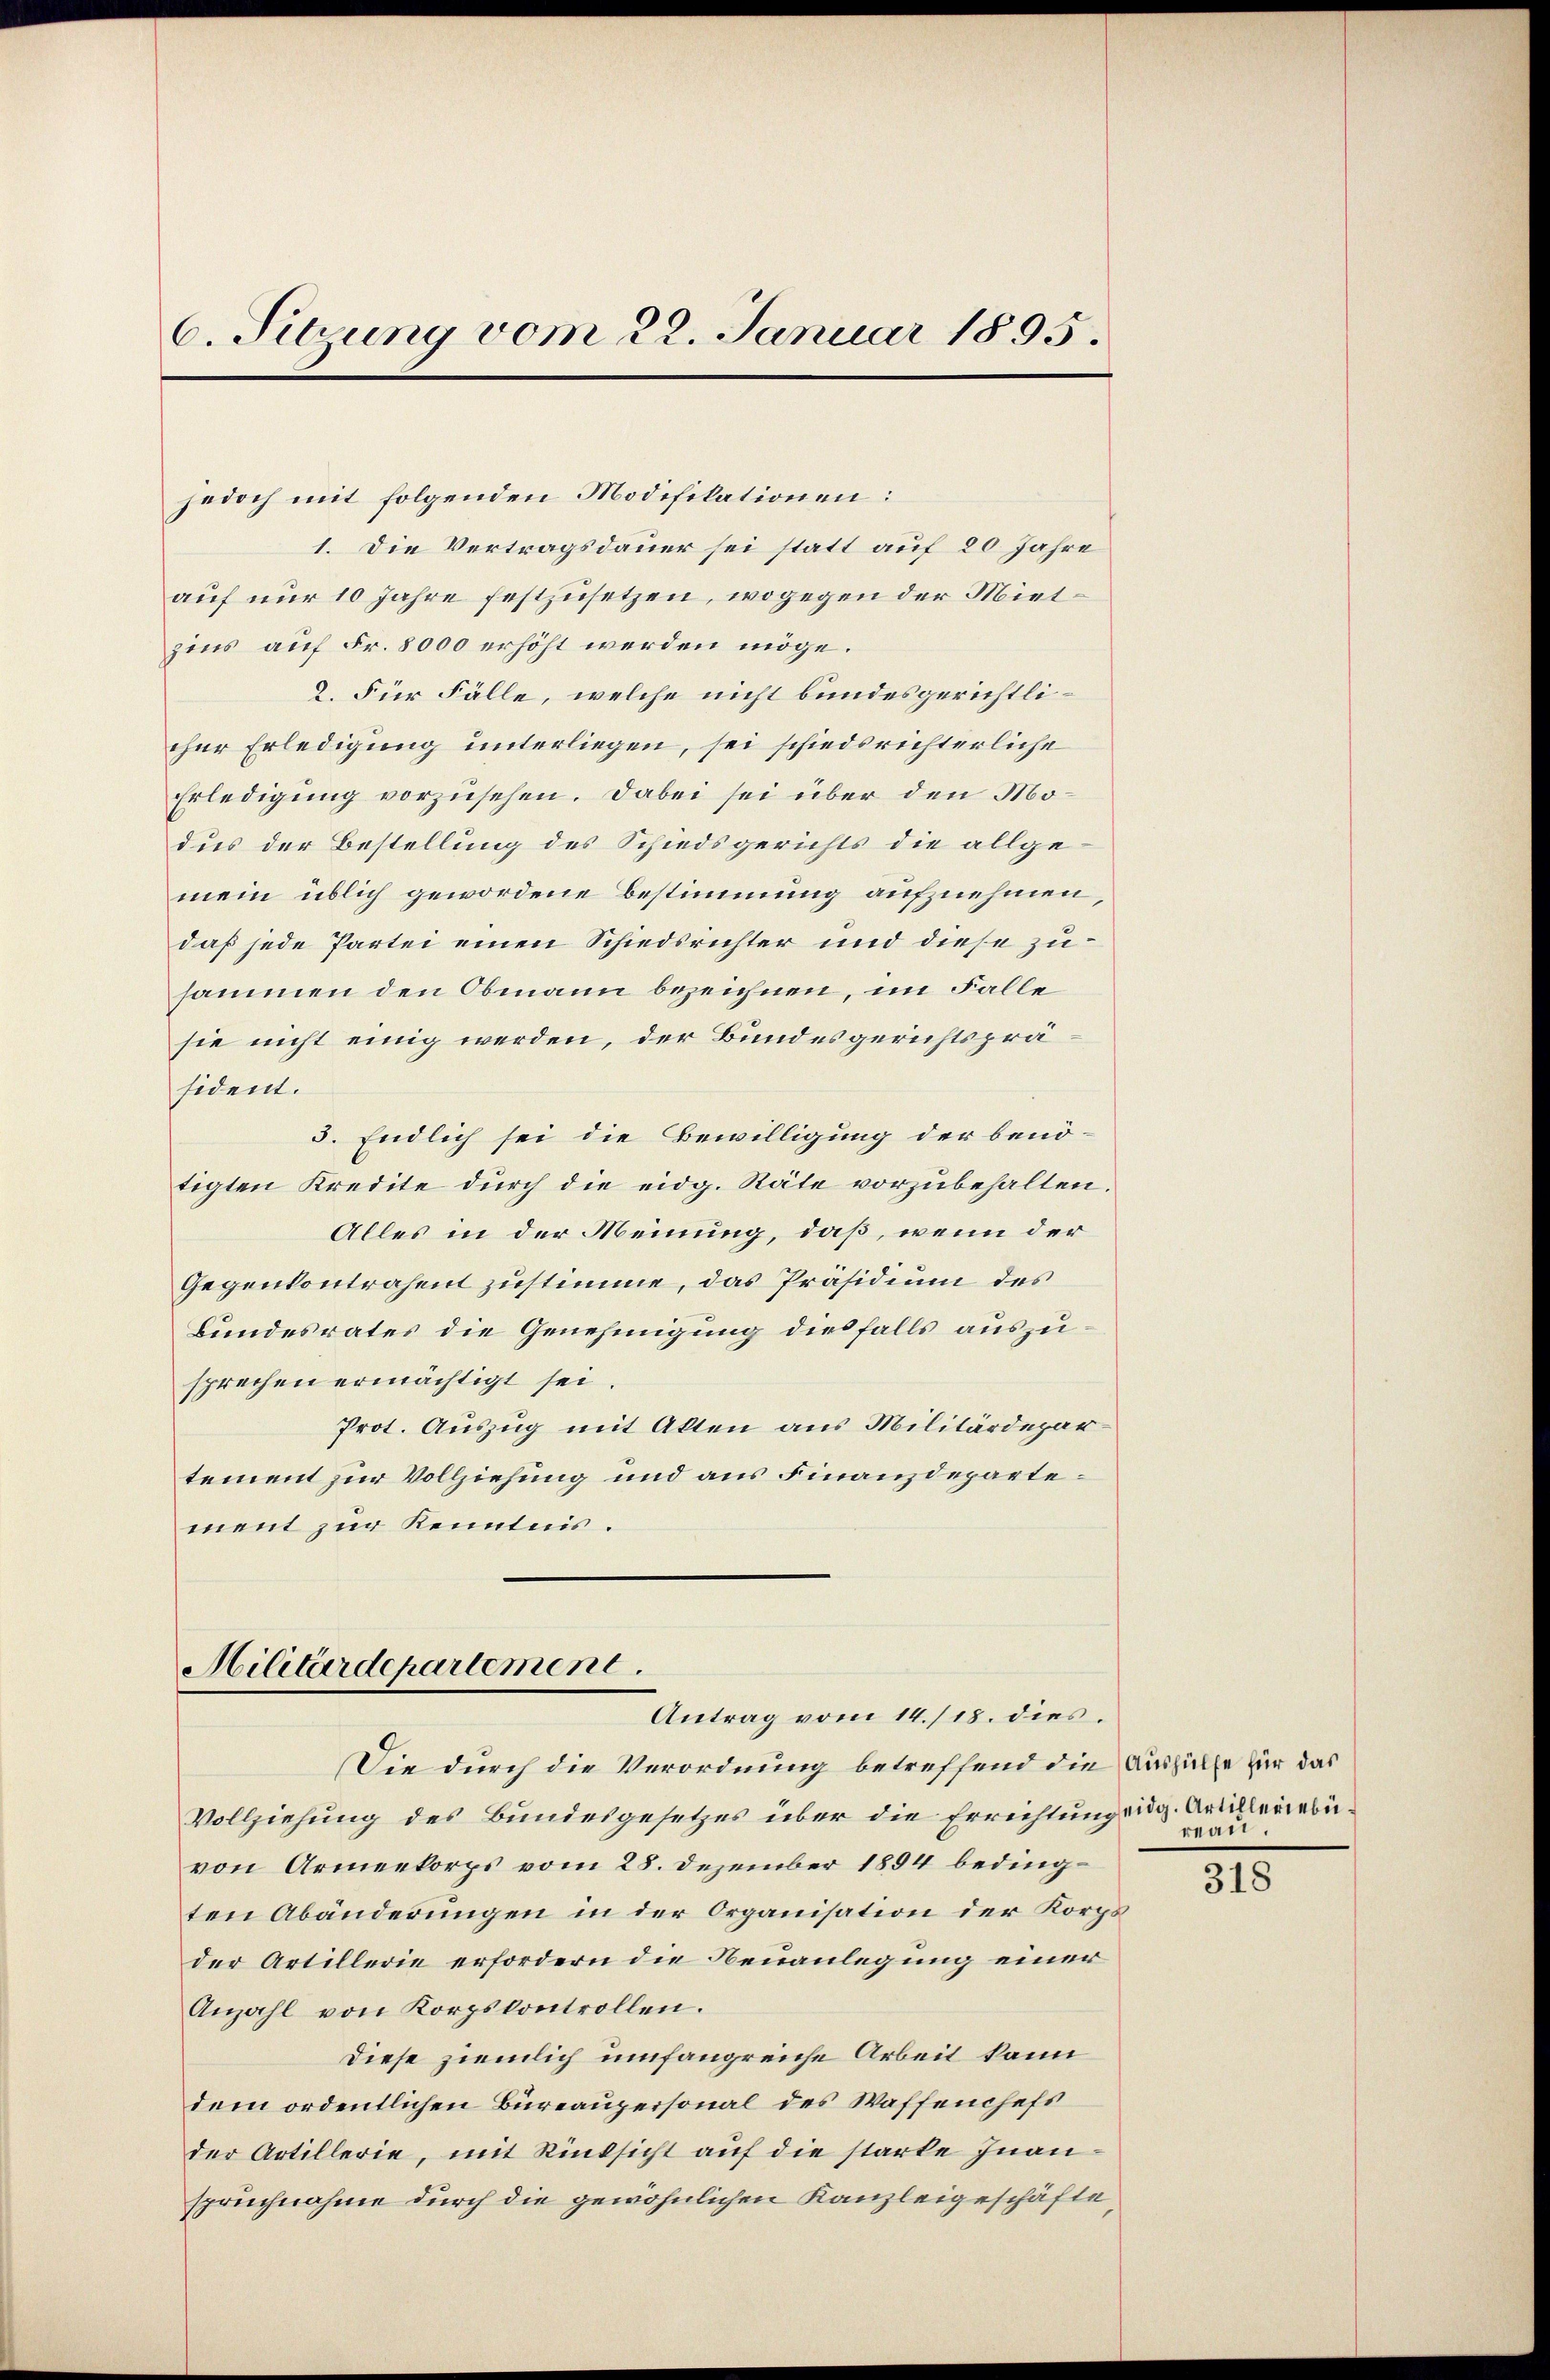
6. Sitzung vom 22. Januar 1895.

jedoch mit folgenden Modifikationen:
1. Die Vertragsdauer sei statt auf 20 Jahre
auf nur 10 Jahre festzusetzen, wogegen der Mietzins auf Fr. 8000 erhöht werden möge.
2. Für Fälle, welche nicht bundesgerichtlicher Erledigung unterliegen, sei schiedsrichterliche
Erledigung vorzusehen. Dabei sei über den Modus der Bestellung des Schiedsgerichts die allgemein üblich gewordene Bestimmung aufznehmen,
daß jede Partei einen Schiedsrichter und diese zusammen den Obmann bezeichnen, im Falle
sie nicht einig werden, der Bundesgerichtspräsident.
5. Endlich sei die Bewilligung der benötigten Kredite durch die eidg. Räte vorzubehalten.
Alles in der Meinung, daß, wenn der
Gegenkontrahent zustimme, das Präsidium des
Bundesrates die Genehmigung diesfalls auszusprechen ermächtigt sei
Prot. Auszug mit Akten aus Militärdepartement zur Vollziehung und aus Finanzdepartement zur Kenntnis.

Hilitärdepartement.
Antrag vom 14./18. dies

Die durch die Verordnung betreffend die Aushülfe für das
Vollziehung des Bundesgesetzes über die Errichtung eidg. Artilleriebevon Armeekorps vom 28. Dezember 1894 bedingten Abänderungen in der Organisation der Korps
der Artillerie erfordern die Neuanlegung einer
Anzahl von Korpskontrollen.
Diese ziemlich umfangreiche Arbeit kann
dem ordentlichen Büreaupersonal des Waffenheft
der Artillerie, mit Rüksicht auf die starke Inanspruchnahme durch die gewöhnlichen Kanzleigeschäfte

reau

318